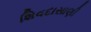
શિવદાસાણી